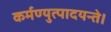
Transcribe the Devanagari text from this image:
कर्मण्युत्पादयन्ते।